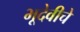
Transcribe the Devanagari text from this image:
भूदेवीचे